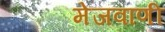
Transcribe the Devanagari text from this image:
मेजवाणी